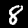
Label: 8